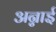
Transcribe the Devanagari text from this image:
अन्नाई